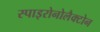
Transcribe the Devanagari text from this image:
स्पाइरोनोलैक्टोन